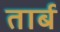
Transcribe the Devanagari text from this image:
तार्ब